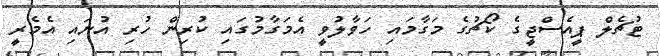
ޓުޗެލް ޕީއެސްޖީގެ ކޯޗުގެ މަގާމައި ހަވާލުވީ އެމަގާމުގައި ކުރިން ހުރި އުނައި އެމެރީ